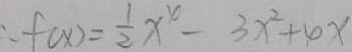
\therefore f ( x ) = \frac { 1 } { 2 } x ^ { 4 } - 3 x ^ { 2 } + 4 x